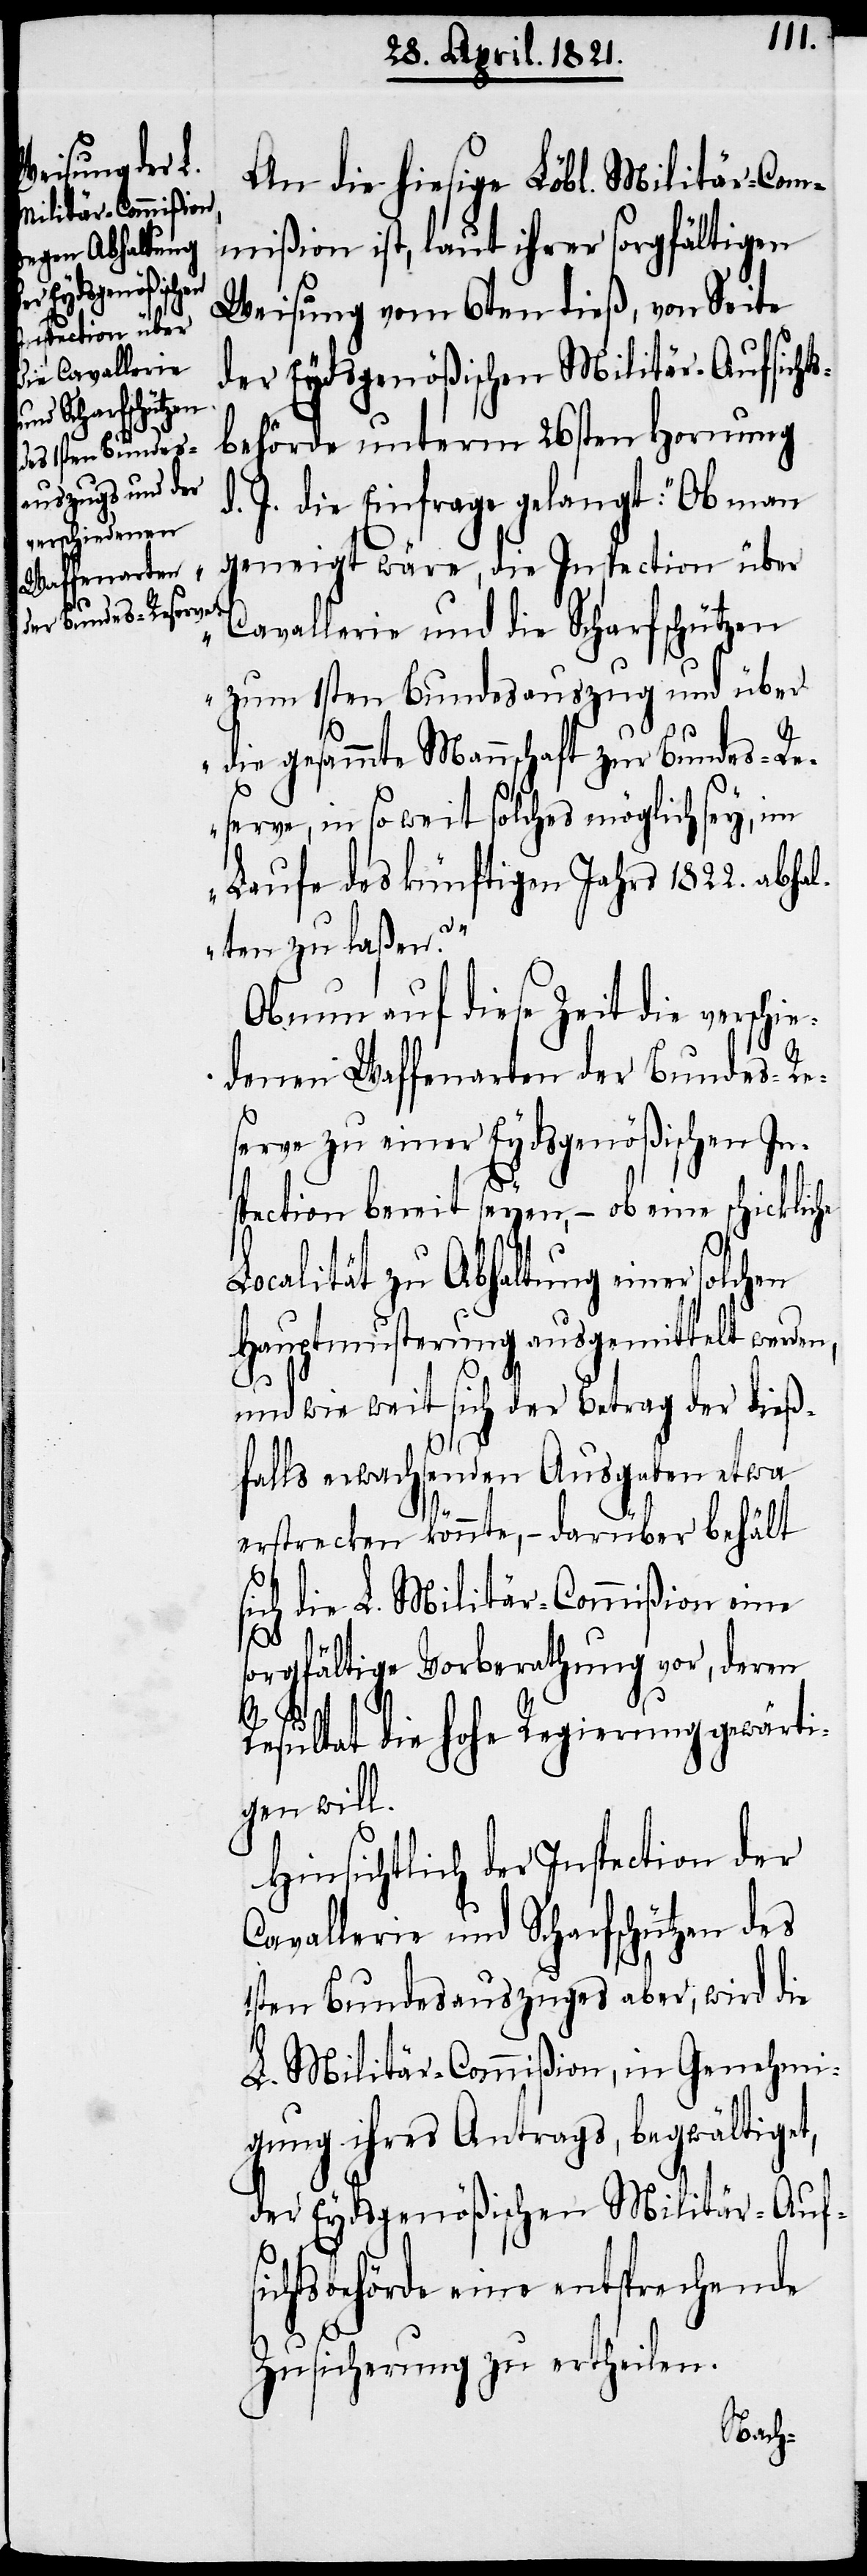
An die hiesige Löbl. Militär-Com¬
mißion ist, laut ihrer sorgfältigen
Weisung vom 6ten dieß, von Seite
der Eydsgenößischen Militär-Aufsicht¬
behörde unterm 26sten Hornung
d. J. die Einfrage gelangt: „Ob man
geneigt wäre, die Inspection über
Cavallerie und die Scharfschützen
zum 1sten Bundesauszug und über
n,
die gesammte Mannschaft zur Bundes-Re¬
serve, in so weit solches möglich seye, im
Laufe des künftigen Jahres 1822. abhal¬
ten zu laßen?“
Ob nun auf diese Zeit die verschie¬
denen Waffenarten der Bundes-Re¬
serve zu einer Eydsgenößischen In¬
spection bereit seyen, – ob eine schickliche
Localität zu Abhaltung einer solchen
Hauptmusterung ausgemittelt werde¬
und wie weit sich der Betrag der dieß¬
falls erwachsenden Ausgaben etwa
erstrecken könnte, – darüber behält
sich die L. Militär-Commißion eine
s¬
orgfältige Vorberathung vor, deren
Resultat die hohe Regierung gewärti¬
gen will.
Hinsichtlich der Inspection der
Cavallerie und Scharfschützen des
1sten Bundesauszuges aber, wird die
L. Militär-Commißion, in Genehmi¬
gung ihres Antrages, begwältiget,
der Eydsgenößischen Militär-Aufs¬
ichtsbehörde eine entsprechende
Zusicherung zu ertheilen.